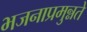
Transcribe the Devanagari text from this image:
भजनाप्रमुन्नते